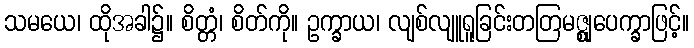
သမယေ၊ ထိုအခါ၌။ စိတ္တံ၊ စိတ်ကို။ ဥက္ခာယ၊ လျစ်လျူရူခြင်းတတြမဇ္ဈုပေက္ခာဖြင့်။